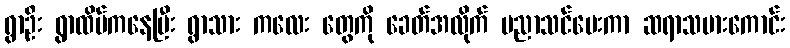
ရွာဦး ရွာထိပ်ကနေပြီး ရွာသား ကလေး တွေကို ခေတ်အလိုက် ပညာသင်ပေးကာ ဆရာသမားကောင်း